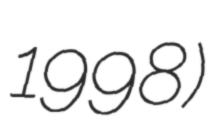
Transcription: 1998)